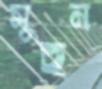
মুছন